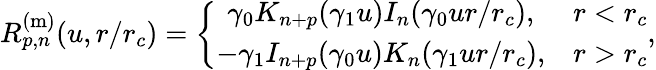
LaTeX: R_{p,n}^{\mathrm{(m)}}(u,r/r_{c})=\left\{ \begin{array}{cc}{\gamma_{0}K_{n+p}(\gamma_{1}u)I_{n}(\gamma_{0}ur/r_{c}),}&{r<r_{c}}\\ {-\gamma_{1}I_{n+p}(\gamma_{0}u)K_{n}(\gamma_{1}ur/r_{c}),}&{r>r_{c}}\end{array}\right.,